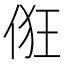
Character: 俇